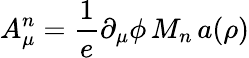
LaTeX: A_{\mu}^{n}=\frac{1}{e}\partial_{\mu}\phi\, M_{n}\, a(\rho)